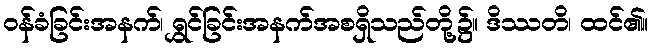
ဝန်ခံခြင်းအနက်၊ ရွှင်ခြင်းအနက်အစရှိသည်တို့၌။ ဒိဿတိ၊ ထင်၏။